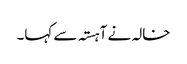
خالہ نے آہستہ سے کہا۔